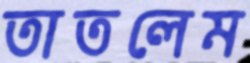
তাতলেম